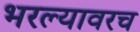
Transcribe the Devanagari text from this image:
भरल्यावरच